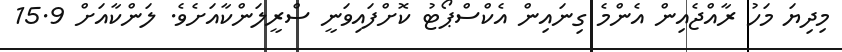
މިދިޔަ މަހު ރާއްޖެއިން އެންމެ ގިނައިން އެކްސްޕޯޓު ކޮށްފައިވަނީ ސްރީލަންކާއަށެވެ. ލަންކާއަށް 15.9